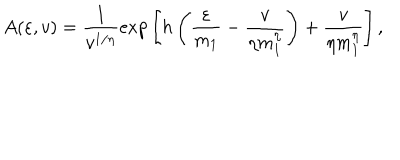
A ( \varepsilon , v ) = { \frac { 1 } { v ^ { 1 / \eta } } } \mathrm { e x p } \left[ h \left( { \frac { \varepsilon } { m _ { 1 } } } - { \frac { v } { \eta m _ { 1 } ^ { \eta } } } \right) + { \frac { v } { \eta m _ { 1 } ^ { \eta } } } \right] ,